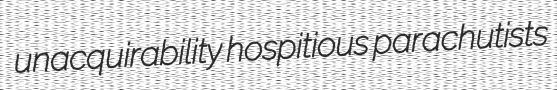
unacquirability hospitious parachutists